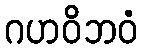
ဂဟဝိဘဝံ